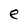
Character: e